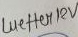
Text: wetter12V